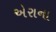
એરાના